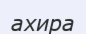
ахира